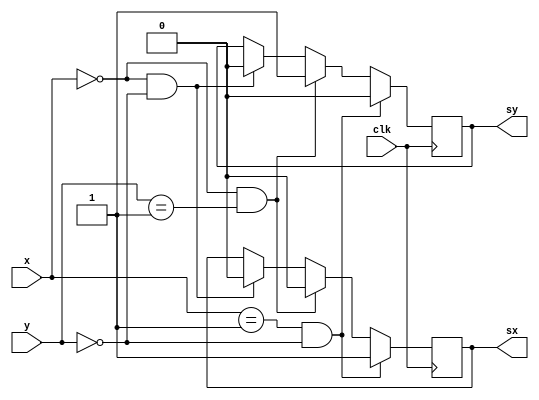
module wksg(
  input [1:0]x,
  input [1:0]y,
  input clk,
  output sx,
  output sy
  );
reg sx,sy;
  always @(posedge clk)
    begin
      if(x==2'b00 && y==2'b00)
        begin
        sx<=0;
        sy<=0;
         end
      if(x==2'b00 && y==2'b01)
       begin
         sx<=0;
         sy<=1;
         end
     if(x==2'b01 && y==2'b00)
       begin
         sx<=1;
         sy<=0;
       end
    end
endmodule
module wksg_top(
  input clk,
  input x,
  input y,
  output sx,
  output sy
);
  wksg uuf(0, 0, clk, sx, sy);
endmodule